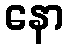
နော